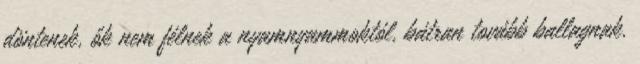
döntenek, ők nem félnek a nyamnyammoktól, bátran tovább ballagnak.